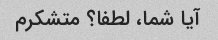
آیا شما، لطفا؟ متشکرم